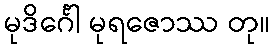
မုဒိင်္ဂေါ မုရဇောဿ တု။